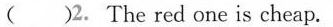
()2. The red one is cheap.